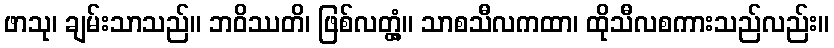
ဖာသု၊ ချမ်းသာသည်။ ဘဝိဿတိ၊ ဖြစ်လတ္တံ့။ သာစသီလကထာ၊ ထိုသီလစကားသည်လည်း။